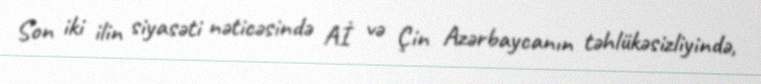
Son iki ilin siyasəti nəticəsində Aİ və Çin Azərbaycanın təhlükəsizliyində,